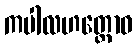
ကပါလဟတ္ထောဝ